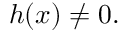
h ( x ) \neq 0 .